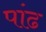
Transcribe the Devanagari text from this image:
पांढ